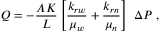
Q = - \frac { A K } { L } \left[ \frac { k _ { r w } } { \mu _ { w } } + \frac { k _ { r n } } { \mu _ { n } } \right] \ \Delta P \; ,